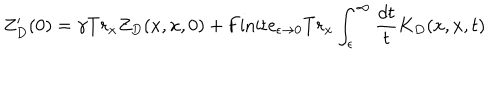
Z _ { D } ^ { \prime } ( 0 ) = \gamma T r _ { x } Z _ { D } ( x , x , 0 ) + \mathrm { F i n i t e } _ { \epsilon \to 0 } T r _ { x } \int _ { \epsilon } ^ { \infty } { \frac { d t } { t } } K _ { D } ( x , x , t )